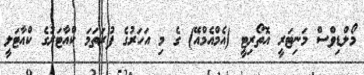
މޯލްޑިވްސް މަނިޓަރީ އޮތޯރިޓީ (އެމްއެމްއޭ) ގެ މި އަހަރުގެ ފުރަތަމަ ކްއާޓަރުގެ ކްއާޓަލީ